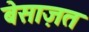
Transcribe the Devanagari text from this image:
बेसाज़त